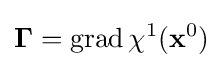
\mathbf {\Gamma } ={\rm {grad}}\,\chi ^{1}({\bf {x}}^{0})